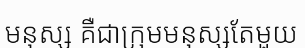
មនុស្ស គឺជាក្រុមមនុស្សតែមួយ